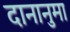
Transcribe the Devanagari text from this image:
दानानुमा